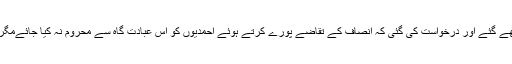
ترجمان نے مزید کہا کہ اس حوالہ سے اعلیٰ سرکاری حکام کو خطوط لکھے گئے اور درخواست کی گئی کہ انصاف کے تقاضے پورے کرتے ہوئے احمدیوں کو اس عبادت گاہ سے محروم نہ کیا جائےمگر تا حال اس ضمن میں کوئی بھی مثبت پیش رفت دیکھنے میں نہ آئی ہے۔